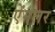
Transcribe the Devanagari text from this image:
ऐंगलर